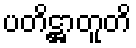
ပတိဋ္ဌာတူတိ